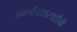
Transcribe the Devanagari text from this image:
ज्ञानोदयासाठीची